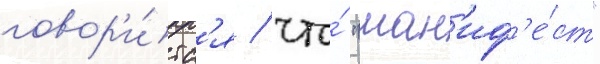
говор'и́тс'я / что́ "ман'иф'е́ст"